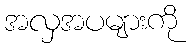
အလှအပများကို